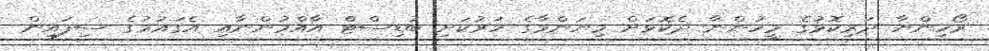
ރޯހިންޔާ ދަރިކޮޅުގެ މީހުންނާ ދެކޮޅަށް މިޔަންމާގެ ހަރުކަށި ބުޑިސްޓް އާއްމުންނާއި އެގައުމުގެ ސިފައިން